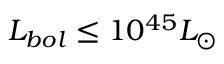
L _ { b o l } \leq 1 0 ^ { 4 5 } L _ { \odot }